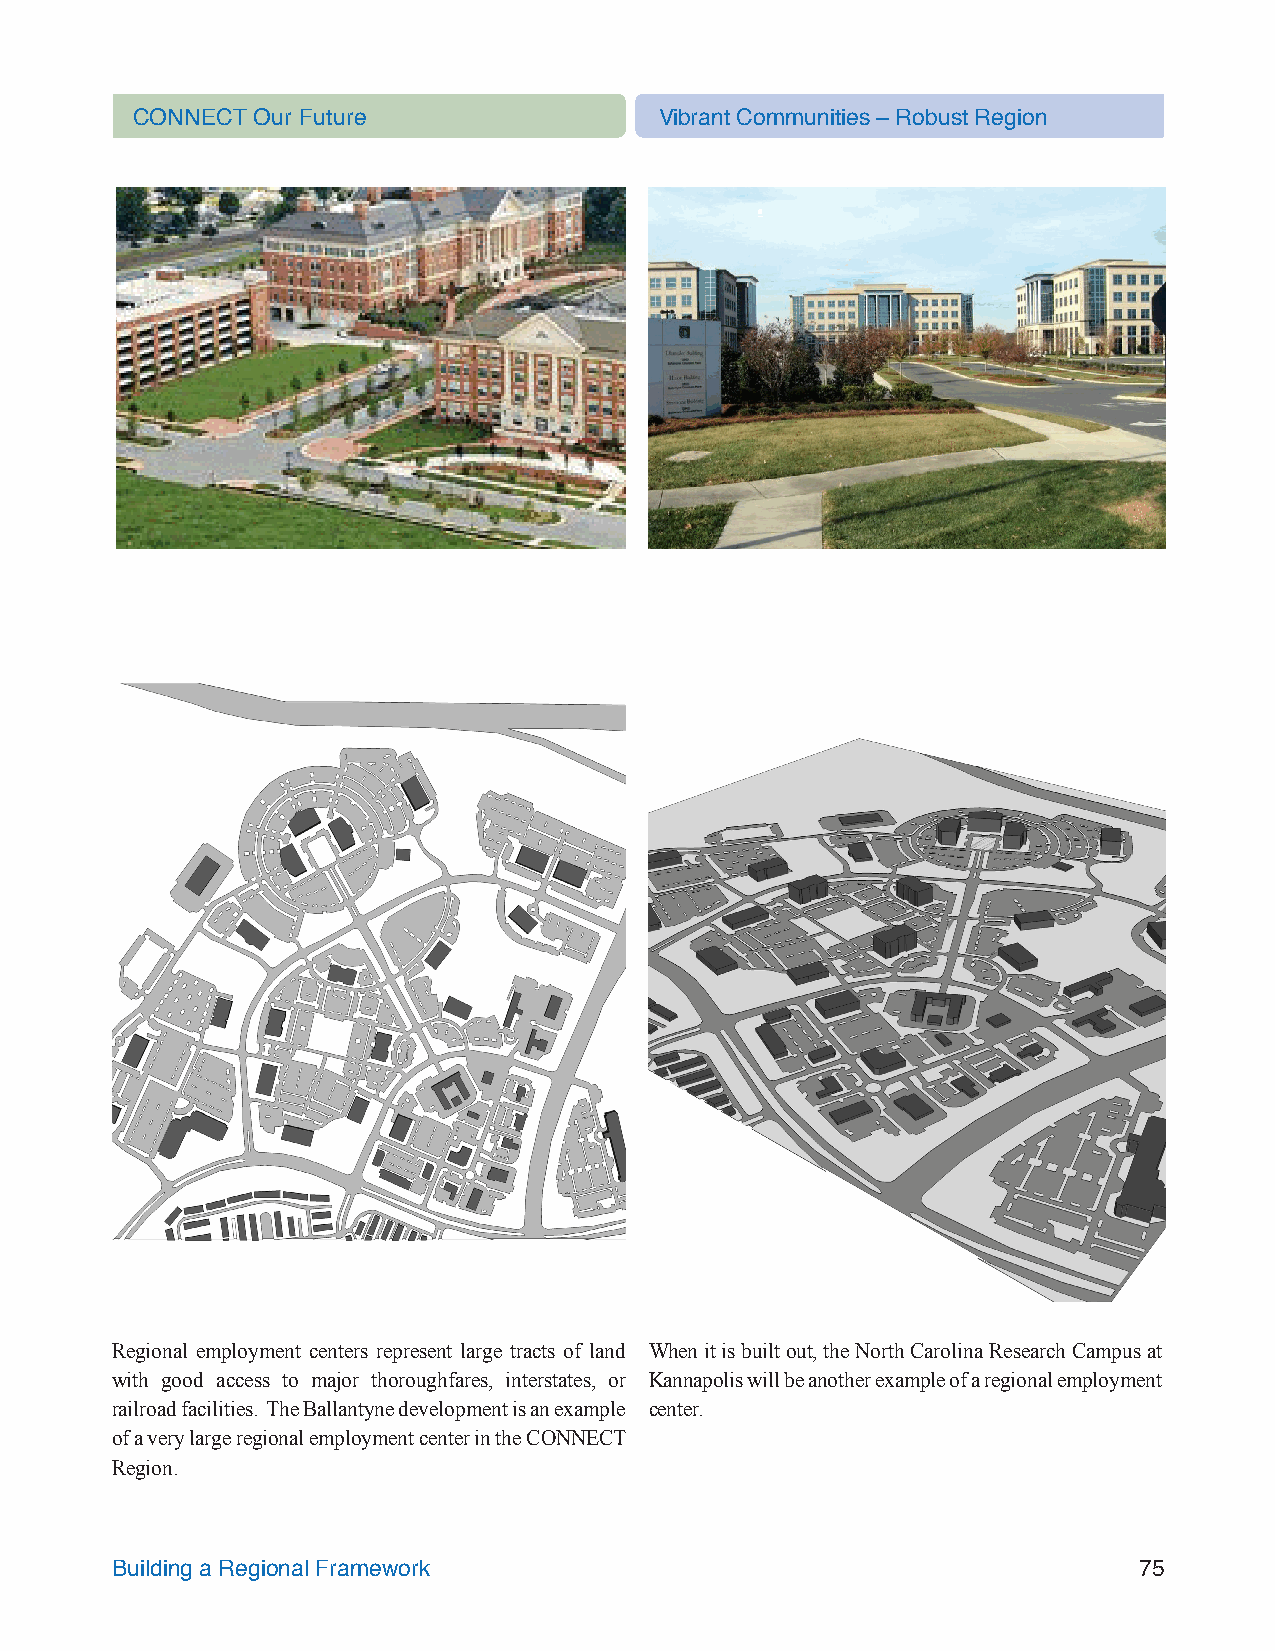
CONNECT Our Future                 Vibrant Communities – Robust Region
 Regional employment centers represent large tracts of land When it is built out, the North Carolina Research Campus at
 with good access to major thoroughfares, interstates, or Kannapolis will be another example of a regional employment
 railroad facilities. The Ballantyne development is an example center.
 of a very large regional employment center in the CONNECT
 Region.
 Building a Regional Framework                                       75